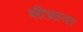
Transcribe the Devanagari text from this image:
शीघ्राता